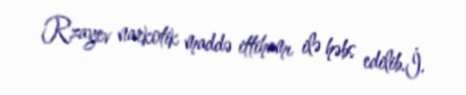
Rzayev narkotik maddə ittihamı ilə həbs edilib.İ.